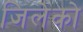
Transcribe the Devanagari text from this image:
जिलेको